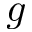
g